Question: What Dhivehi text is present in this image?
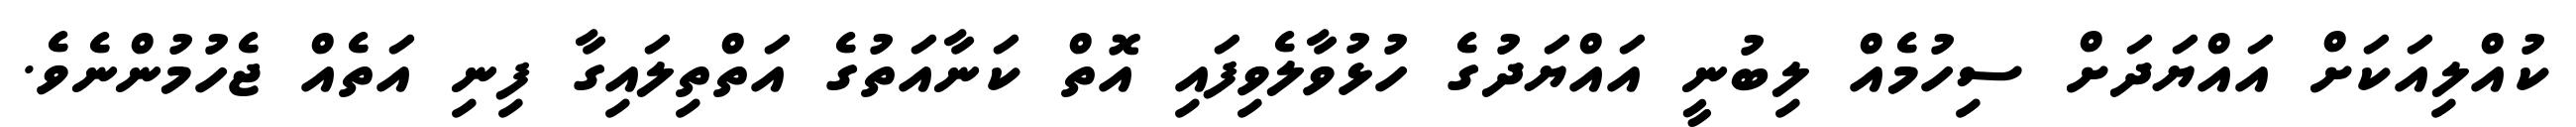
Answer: ކުއްލިއަކަށް އައްޔަދަށް ސިހުމެއް ލިބުނީ އައްޔަދުގެ ހުޅުވާލެވިފައި އޮތް ކަނާއަތުގެ އަތްތިލައިގާ ފިނި އަތެއް ޖެހުމުންނެވެ.